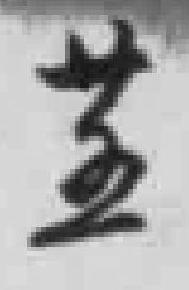
廿三